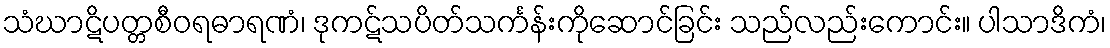
သံဃာဋိပတ္တစီဝရဓာရဏံ၊ ဒုကဋ်သပိတ်သင်္ကန်းကိုဆောင်ခြင်း သည်လည်းကောင်း။ ပါသာဒိကံ၊